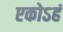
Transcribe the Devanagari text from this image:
एकोऽहं